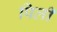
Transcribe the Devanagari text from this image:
पिलीं